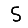
Digit: 5